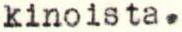
kinoista.